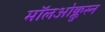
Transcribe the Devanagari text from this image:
मॉलओक्लुस्न